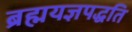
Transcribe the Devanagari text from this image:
ब्रह्मयज्ञपद्धति